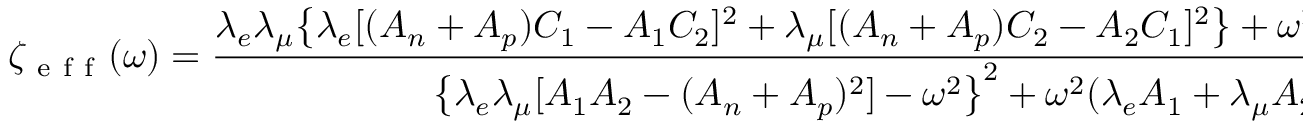
\zeta _ { \mathrm { ~ e ~ f ~ f ~ } } ( \omega ) = \frac { \lambda _ { e } \lambda _ { \mu } \big \{ \lambda _ { e } [ ( A _ { n } + A _ { p } ) C _ { 1 } - A _ { 1 } C _ { 2 } ] ^ { 2 } + \lambda _ { \mu } [ ( A _ { n } + A _ { p } ) C _ { 2 } - A _ { 2 } C _ { 1 } ] ^ { 2 } \big \} + \omega ^ { 2 } ( \lambda _ { e } C _ { 1 } ^ { 2 } + \lambda _ { \mu } C _ { 2 } ^ { 2 } ) } { \big \{ \lambda _ { e } \lambda _ { \mu } [ A _ { 1 } A _ { 2 } - ( A _ { n } + A _ { p } ) ^ { 2 } ] - \omega ^ { 2 } \big \} ^ { 2 } + \omega ^ { 2 } ( \lambda _ { e } A _ { 1 } + \lambda _ { \mu } A _ { 2 } ) ^ { 2 } } \, ,